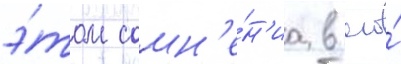
э́том сомн'е́н'иа в его́